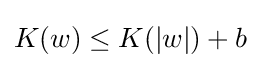
K(w)\leq K(|w|)+b